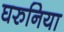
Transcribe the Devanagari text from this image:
घरुनिया